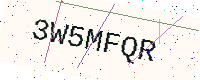
Text: 3W5MFQR